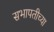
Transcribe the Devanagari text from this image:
सभापतीच्या